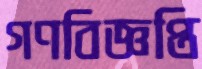
গণবিজ্ঞপ্তি